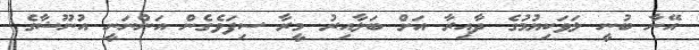
އޭނާ ބުނީ ލަވަކިޔުމުގެ ދާއިރާ އަށް ބަލާއިރު މީރާ ސިފަވެގެން އަންނަނީ އުނޫޝާގެ